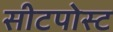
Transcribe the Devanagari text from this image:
सीटपोस्ट